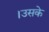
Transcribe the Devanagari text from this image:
।उसके